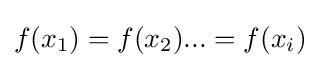
f(x_{1})=f(x_{2})...=f(x_{i})